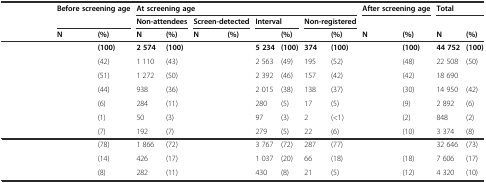
<table><thead><tr><td>[EMPTY_CELL]</td><td colspan="2"><b>Before screening age</b></td><td colspan="8"><b>At screening age</b></td><td colspan="2"><b>After screening age</b></td><td colspan="2"><b>Total</b></td></tr><tr><td>[EMPTY_CELL]</td><td colspan="2">[EMPTY_CELL]</td><td colspan="2"><b>Non-attendees</b></td><td colspan="2"><b>Screen-detected</b></td><td colspan="2"><b>Interval</b></td><td colspan="2"><b>Non-registered</b></td><td colspan="2">[EMPTY_CELL]</td><td>[EMPTY_CELL]</td><td>[EMPTY_CELL]</td></tr><tr><td>[EMPTY_CELL]</td><td><b>N</b></td><td><b>(%)</b></td><td><b>N</b></td><td><b>(%)</b></td><td><b>N</b></td><td><b>(%)</b></td><td>[EMPTY_CELL]</td><td><b>(%)</b></td><td>[EMPTY_CELL]</td><td><b>(%)</b></td><td><b>N</b></td><td><b>(%)</b></td><td><b>N</b></td><td><b>(%)</b></td></tr></thead><tbody><tr><td>[EMPTY_CELL]</td><td>[EMPTY_CELL]</td><td><b>(100)</b></td><td><b>2 574</b></td><td><b>(100)</b></td><td>[EMPTY_CELL]</td><td>[EMPTY_CELL]</td><td><b>5 234</b></td><td><b>(100)</b></td><td><b>374</b></td><td><b>(100)</b></td><td>[EMPTY_CELL]</td><td><b>(100)</b></td><td><b>44 752</b></td><td><b>(100)</b></td></tr><tr><td>[EMPTY_CELL]</td><td>[EMPTY_CELL]</td><td>(42)</td><td>1 110</td><td>(43)</td><td>[EMPTY_CELL]</td><td>[EMPTY_CELL]</td><td>2 563</td><td>(49)</td><td>195</td><td>(52)</td><td>[EMPTY_CELL]</td><td>(48)</td><td>22 508</td><td>(50)</td></tr><tr><td>[EMPTY_CELL]</td><td>[EMPTY_CELL]</td><td>(51)</td><td>1 272</td><td>(50)</td><td>[EMPTY_CELL]</td><td>[EMPTY_CELL]</td><td>2 392</td><td>(46)</td><td>157</td><td>(42)</td><td>[EMPTY_CELL]</td><td>(42)</td><td>18 690</td><td>[EMPTY_CELL]</td></tr><tr><td>[EMPTY_CELL]</td><td>[EMPTY_CELL]</td><td>(44)</td><td>938</td><td>(36)</td><td>[EMPTY_CELL]</td><td>[EMPTY_CELL]</td><td>2 015</td><td>(38)</td><td>138</td><td>(37)</td><td>[EMPTY_CELL]</td><td>(30)</td><td>14 950</td><td>(42)</td></tr><tr><td>[EMPTY_CELL]</td><td>[EMPTY_CELL]</td><td>(6)</td><td>284</td><td>(11)</td><td>[EMPTY_CELL]</td><td>[EMPTY_CELL]</td><td>280</td><td>(5)</td><td>17</td><td>(5)</td><td>[EMPTY_CELL]</td><td>(9)</td><td>2 892</td><td>(6)</td></tr><tr><td>[EMPTY_CELL]</td><td>[EMPTY_CELL]</td><td>(1)</td><td>50</td><td>(3)</td><td>[EMPTY_CELL]</td><td>[EMPTY_CELL]</td><td>97</td><td>(3)</td><td>2</td><td>(&lt;1)</td><td>[EMPTY_CELL]</td><td>(2)</td><td>848</td><td>(2)</td></tr><tr><td>[EMPTY_CELL]</td><td>[EMPTY_CELL]</td><td>(7)</td><td>192</td><td>(7)</td><td>[EMPTY_CELL]</td><td>[EMPTY_CELL]</td><td>279</td><td>(5)</td><td>22</td><td>(6)</td><td>[EMPTY_CELL]</td><td>(10)</td><td>3 374</td><td>(8)</td></tr><tr><td>[EMPTY_CELL]</td><td>[EMPTY_CELL]</td><td>(78)</td><td>1 866</td><td>(72)</td><td>[EMPTY_CELL]</td><td>[EMPTY_CELL]</td><td>3 767</td><td>(72)</td><td>287</td><td>(77)</td><td>[EMPTY_CELL]</td><td>[EMPTY_CELL]</td><td>32 646</td><td>(73)</td></tr><tr><td>[EMPTY_CELL]</td><td>[EMPTY_CELL]</td><td>(14)</td><td>426</td><td>(17)</td><td>[EMPTY_CELL]</td><td>[EMPTY_CELL]</td><td>1 037</td><td>(20)</td><td>66</td><td>(18)</td><td>[EMPTY_CELL]</td><td>(18)</td><td>7 606</td><td>(17)</td></tr><tr><td>[EMPTY_CELL]</td><td>[EMPTY_CELL]</td><td>(8)</td><td>282</td><td>(11)</td><td>[EMPTY_CELL]</td><td>[EMPTY_CELL]</td><td>430</td><td>(8)</td><td>21</td><td>(5)</td><td>[EMPTY_CELL]</td><td>(12)</td><td>4 320</td><td>(10)</td></tr></tbody></table>